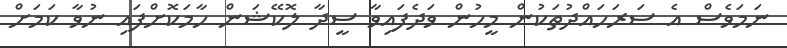
ނަމަވެސް އެ ސަރަހައްދުތަކުން މީހުން ވަދެފައިވާ ސީދާ ލޮކޭޝަން ހާމަކޮށްފައި ނުވާ ކަމަށް